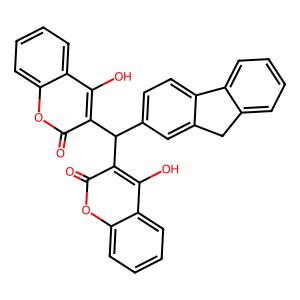
SMILES: O=c1oc2ccccc2c(O)c1C(c1ccc2c(c1)Cc1ccccc1-2)c1c(O)c2ccccc2oc1=O
Inhibits HIV replication: No